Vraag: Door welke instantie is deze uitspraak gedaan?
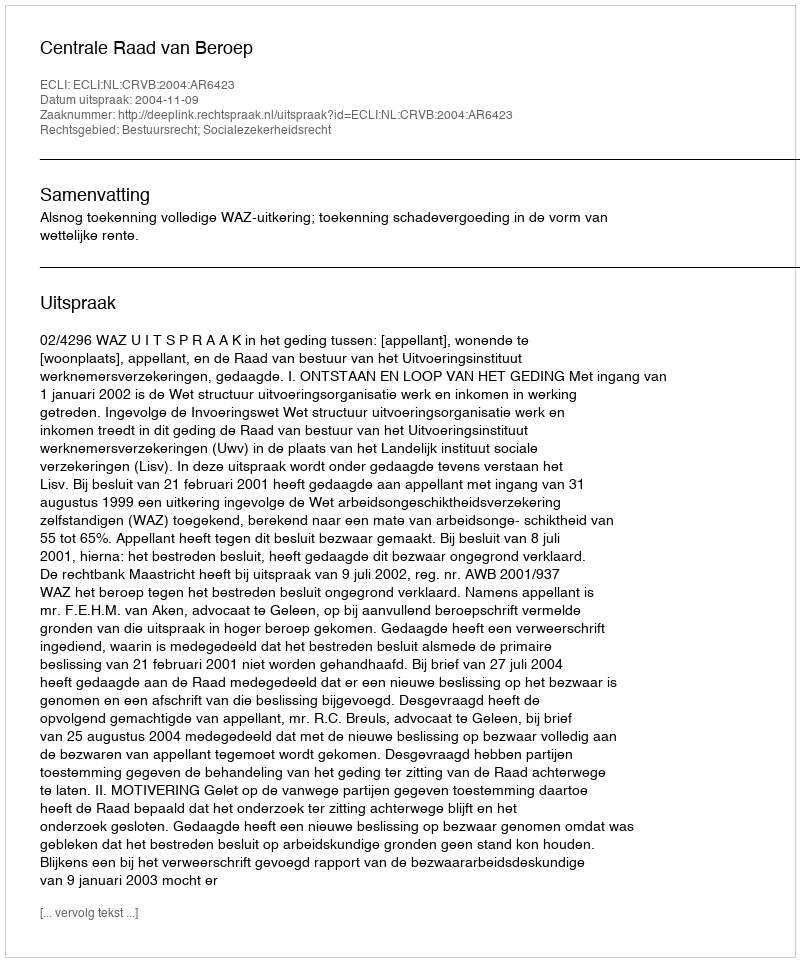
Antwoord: Centrale Raad van Beroep